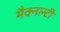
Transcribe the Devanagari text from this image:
मैक्नल्टी